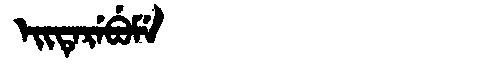
Manchu: ᡝᡳᡨᡝᡵᡝᠪᡠᠮᡝ
Romanization: EITEREBUME